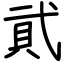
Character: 貮